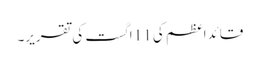
قائداعظم کی 11 اگست کی تقریر۔